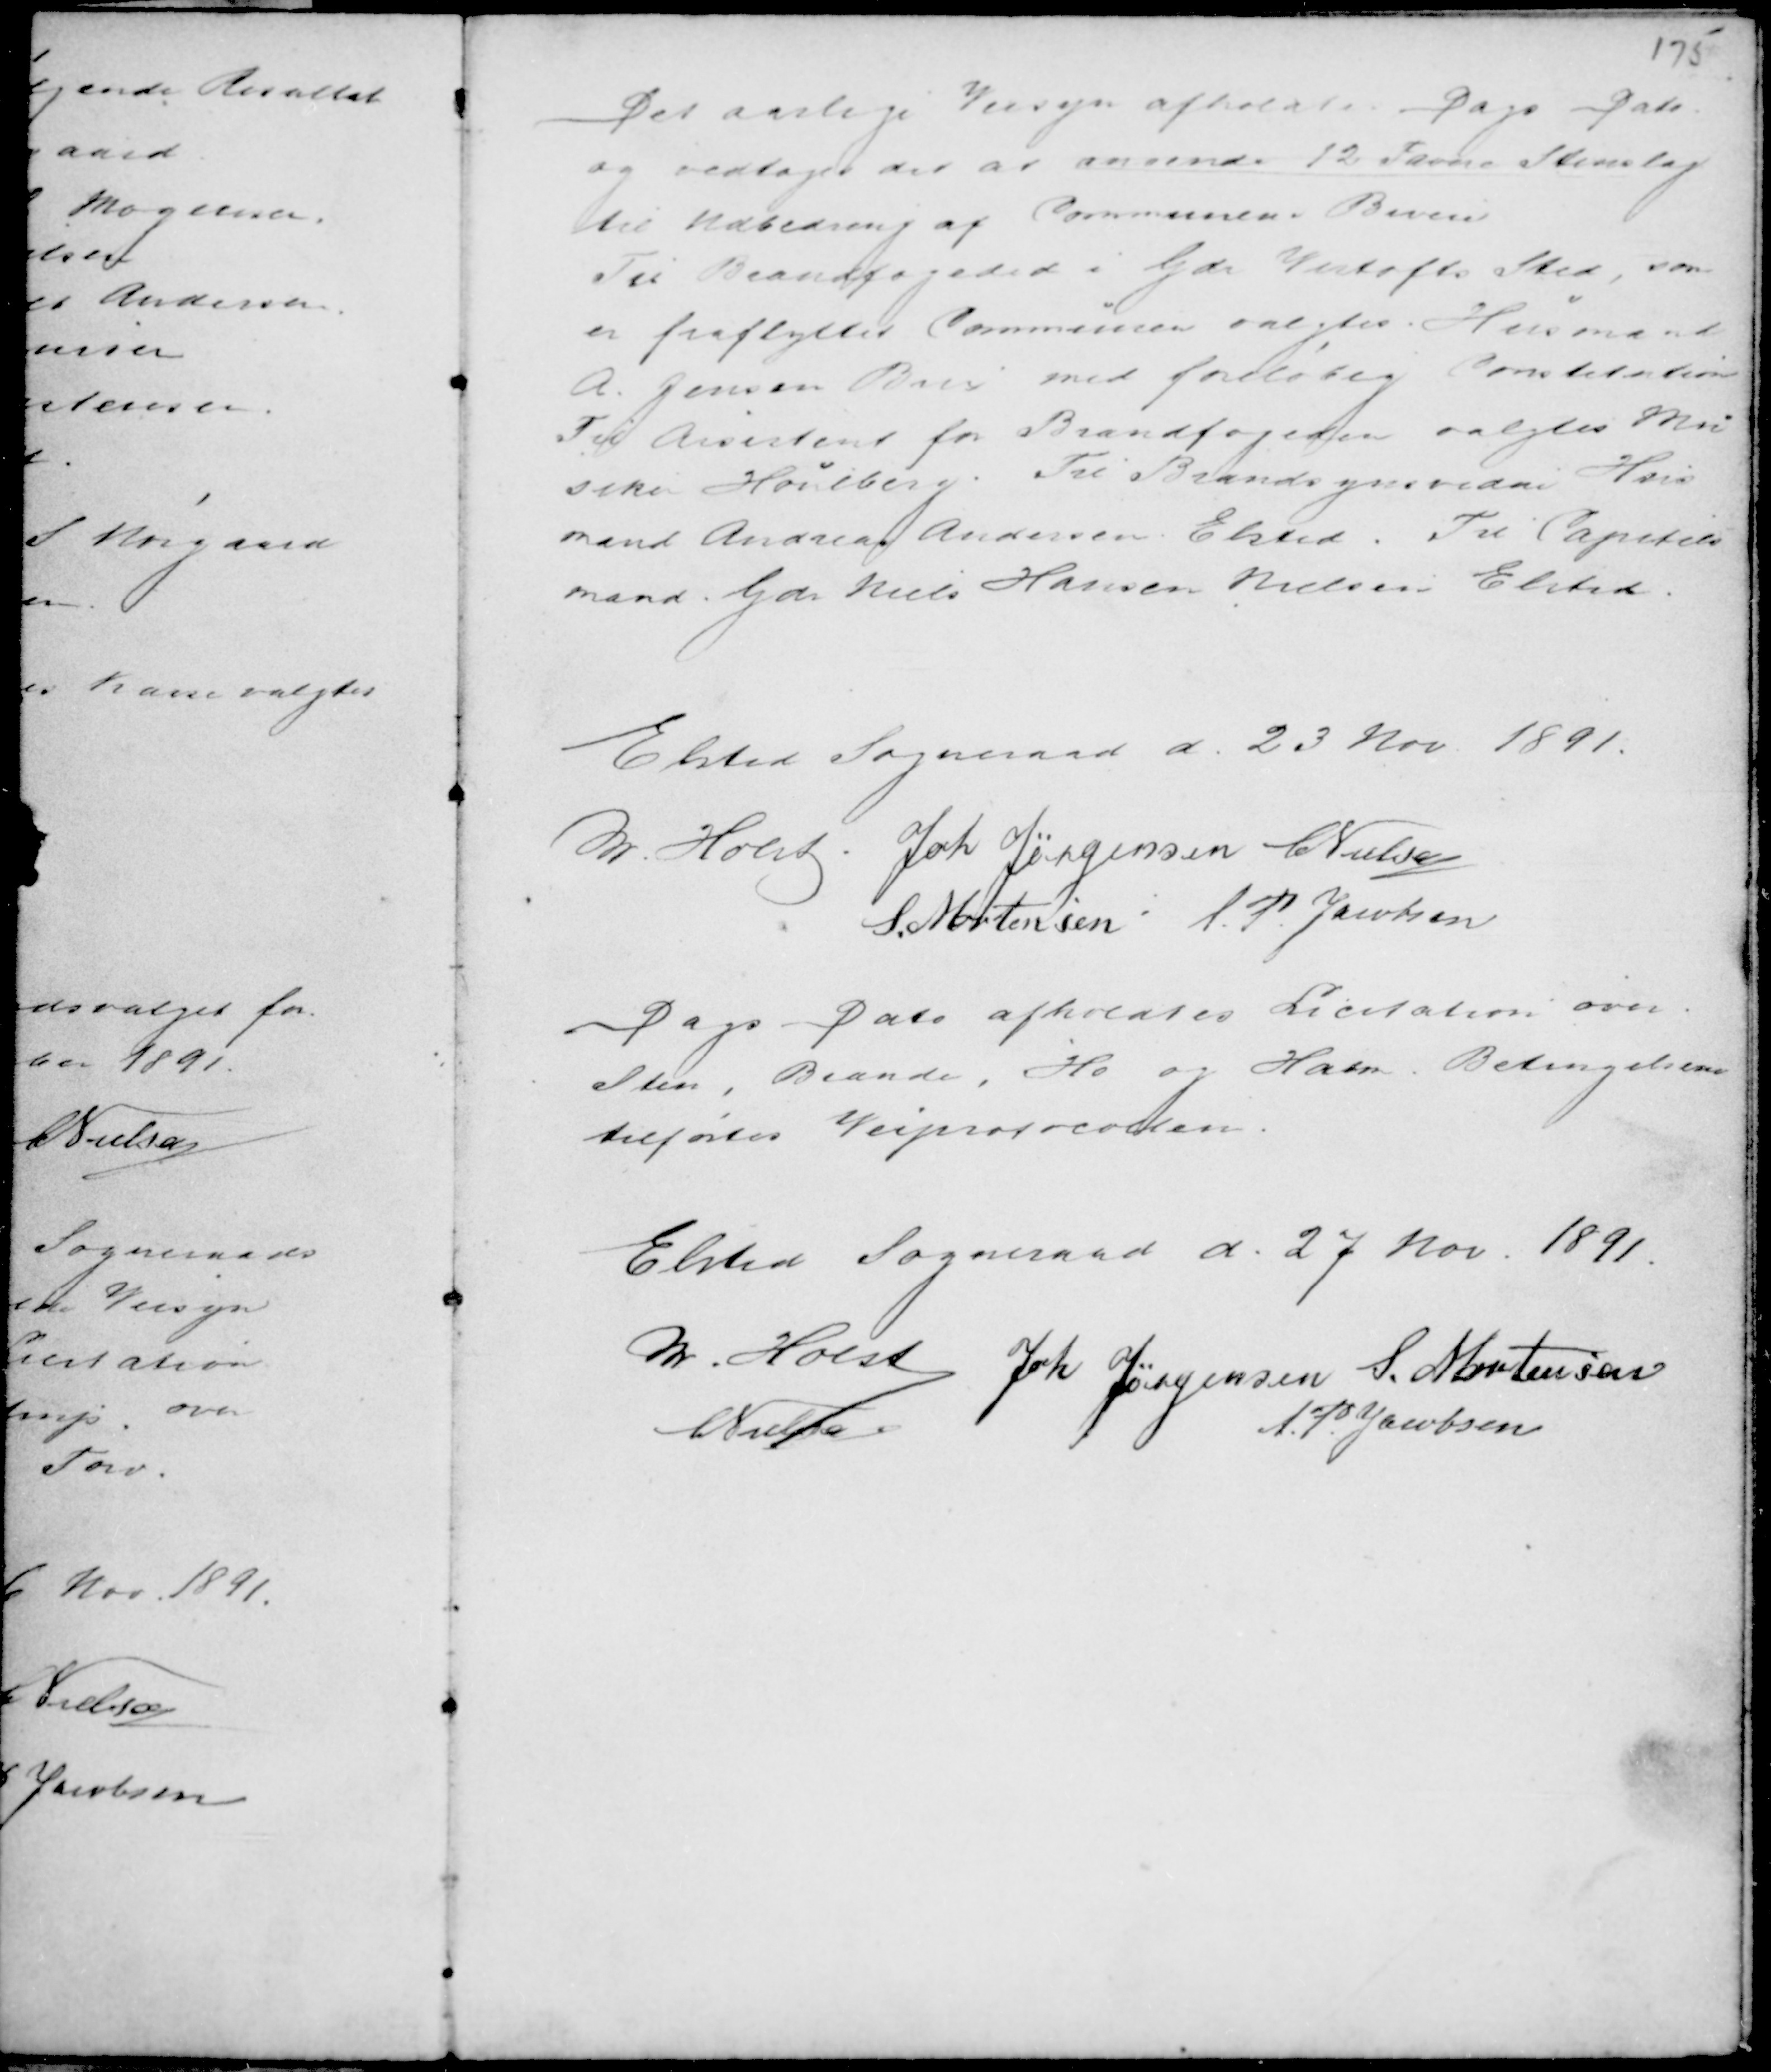
Transskription:
Det aarlige Veisyn afholdtes Dags Dato
og vedtoges det at anvende 12 Favne Stenslag
til udbedring af Communens Biveie
Til Brandfogeded i Gdr Vistofts Sted, som
er fraflyttet Communen valgtes Husmand
A. Jensen Brix med foreløbig Constitution
Til Assistent for Branfogeden valgtes Mu
siker Houlberg. Til Brandsynsvidne Hus
mand Andreas Andersen Elsted. Til Capetels
mand Gdr Niels Hansen Nielsen Elsted

Elsted Sogneraad d. 23 Nov. 1891.
M. Holst Joh Jørgensen C Nielsen
S. Mortensen A. P. Jacobsen

Dags Dato afholdtes Licitation over
Sten, Brænde, Hø og Halm Betingelserne
tilførtes Veiprotocollen.

Elsted Sogneraad d. 27 Nov. 1891.
M. Holst Joh Jørgensen S. Mortensen
C Nielsen
A. P. Jacobsen